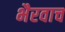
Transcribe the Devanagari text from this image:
भैरवाच